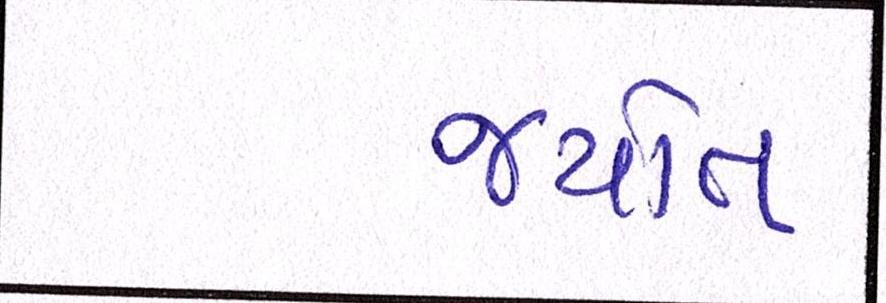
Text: જયોત